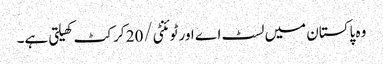
وہ پاکستان میں لسٹ اے اور ٹوئنٹی/20 کرکٹ کھیلتی ہے۔